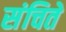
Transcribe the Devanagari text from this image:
संचिते